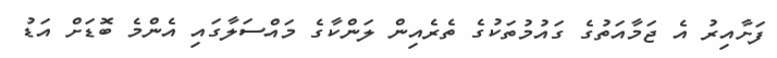
ފަށާއިރު އެ ޖަމާއަތުގެ ގައުމުތަކުގެ ތެރެއިން ލަންކާގެ މައްސަލާގައި އެންމެ ބޮޑަށް އަޑު